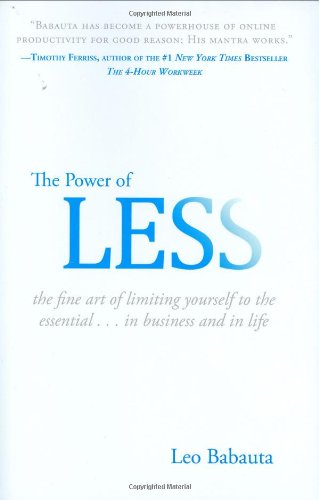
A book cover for The Power of Less: The Fine Art of Limiting Yourself to the Essential...in Business and in Life; Leo Babauta; Self-Help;